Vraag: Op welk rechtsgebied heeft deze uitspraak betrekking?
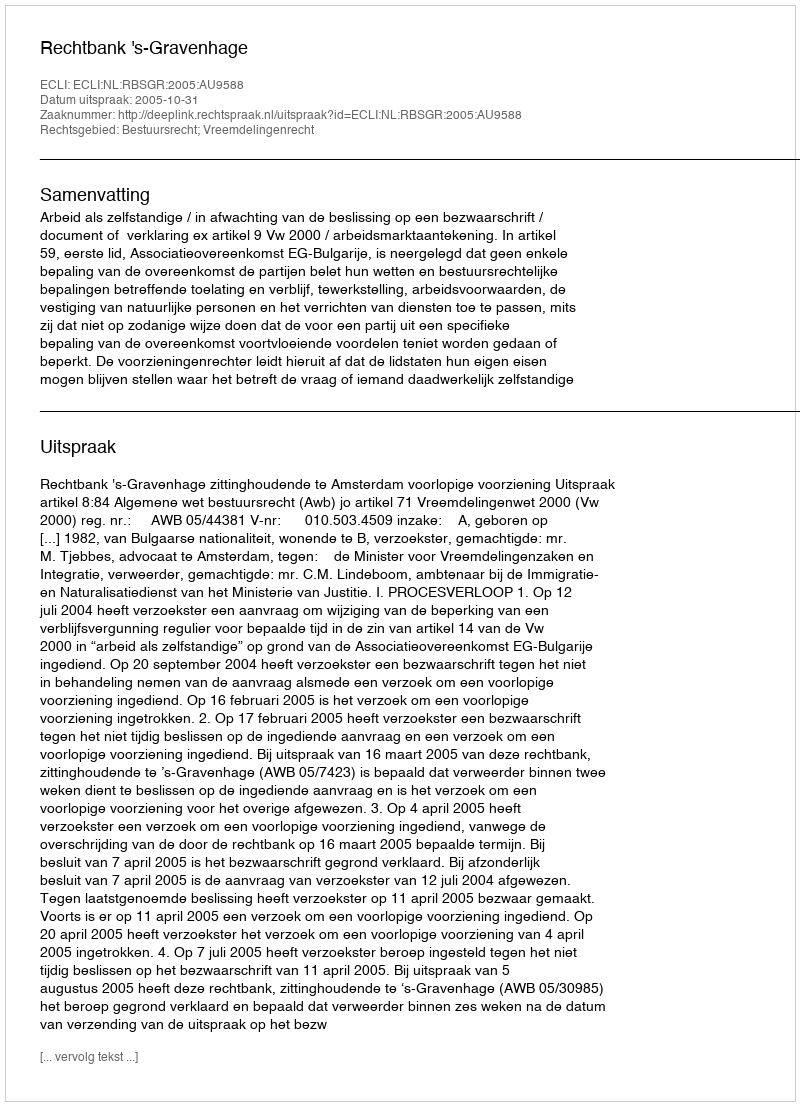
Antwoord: Bestuursrecht; Vreemdelingenrecht